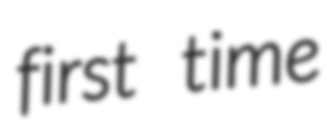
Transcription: first time